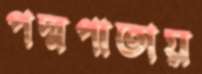
পদ্মপাতায়